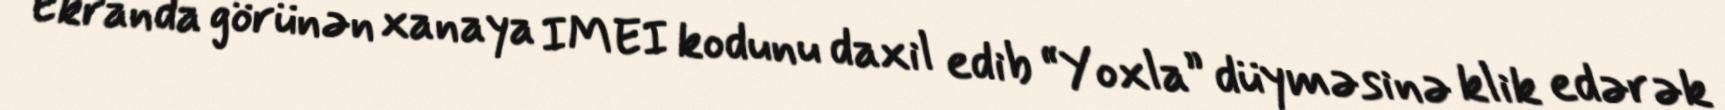
Ekranda görünən xanaya IMEI kodunu daxil edib “Yoxla” düyməsinə klik edərək